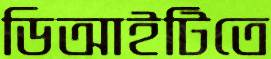
ডিআইটিতে